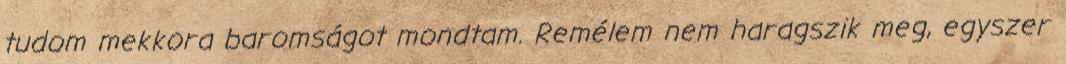
tudom mekkora baromságot mondtam. Remélem nem haragszik meg, egyszer